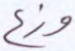
وزع